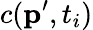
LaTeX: c(\textbf{p}^{\prime},t_{i})